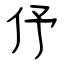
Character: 伃